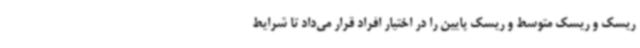
ریسک و ریسک متوسط و ریسک پایین را در اختیار افراد قرار می‌داد تا شرایط